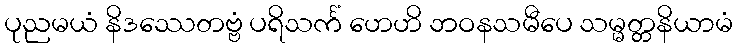
ပုညမယံ နိဒဿေတဗ္ဗံ ပရိသင်္ကံ ဟေဟိ ဘဝနသမီပေ သမ္မတ္တနိယာမံ